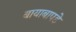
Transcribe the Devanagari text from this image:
बायाबापडे